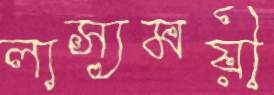
লাস্যময়ী